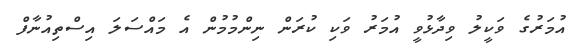
އުމަރުގެ ވަކީލު ވިދާޅުވީ އުމަރު ވަކި ކުރަން ނިންމުމުން އެ މައްސަލަ އިސްތިއުނާފް